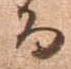
而